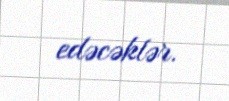
edəcəklər.